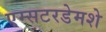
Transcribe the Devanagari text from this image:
एम्सटरडेमशे